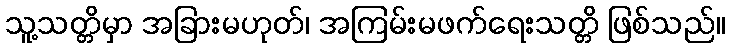
သူ့သတ္တိမှာ အခြားမဟုတ်၊ အကြမ်းမဖက်ရေးသတ္တိ ဖြစ်သည်။